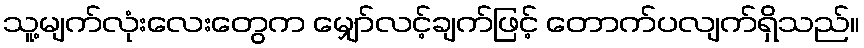
သူ့မျက်လုံးလေးတွေက မျှော်လင့်ချက်ဖြင့် တောက်ပလျက်ရှိသည်။